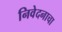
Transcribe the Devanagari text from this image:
निवेदनाचा